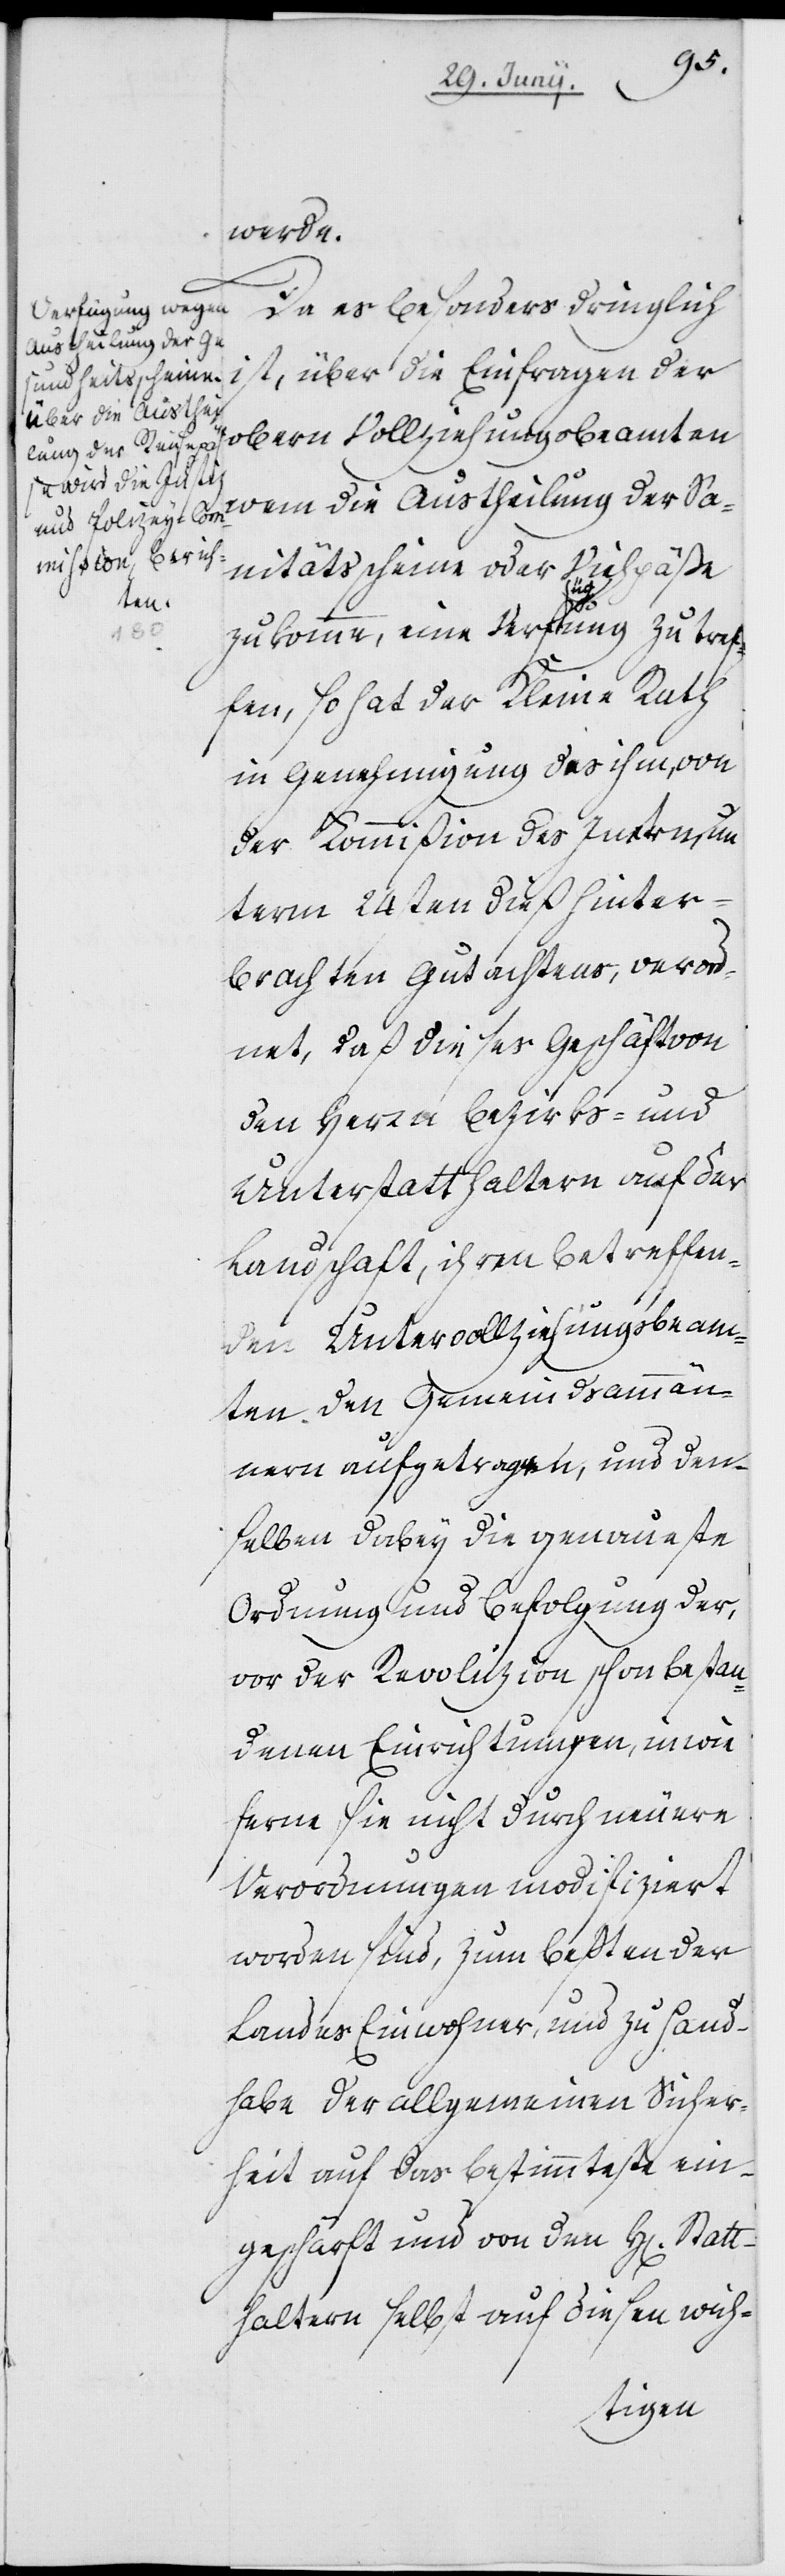
Statt¬
werde.
Da es besonders dringlich
Austheilung der Sa¬
über die Einfrag¬
en der obern Vollziehungsbeamten
nitätsscheine oder Viehpäße
zukomme, eine Verfa-üg-aung zu tref¬
fen, so hat der Kleine Rath
in Genehmigung des ihm, von
der Kommißion des Innern, un¬
term 24sten dieß hinter¬
brachten Gutachtens, verord¬
net, daß dieses Geschäft von
den Herrn Bezirks- und
Unterstatthaltern auf der
Landschaft, ihren betreffen¬
den Untervollziehungsbeam¬
ten den Gemeindsammän¬
nern aufgetragen, und den¬
selben dabey die genaueste
Ordnung und Befolgung der,
vor der Revoluzion schon bestan¬
denen Einrichtungen, inwie¬
ferne sie nicht durch neuere
Verordnungen modifiziert
worden sind, zum Beßten der
Landes Einwohner, und zu Hand¬
habe der allgemeinen Sicher¬
heit auf das Bestimmteste ein¬
geschärft und von den H[erren]
haltern selbst auf diesen wich-